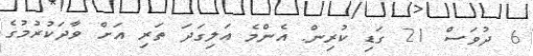
6 ދުވަސް 21 ގަޑި ކުރިން. އެންމެ އަލިގަދަ ތަރި އަށް ވާދަކުރުމުގެ